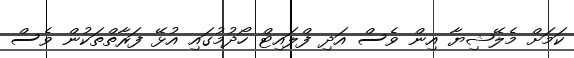
ކަމަށް މެލޭޝިޔާ އިން ވެސް އަދި ފްލައިޓް ހޯދުމުގައި އުޅޭ ފަރާތްތަކުން ވެސް